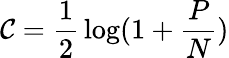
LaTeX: \mathcal{C}={\frac{{1}}{{2}}}\log(1+{\frac{{P}}{{N}}})